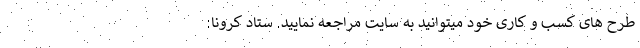
طرح های کسب و کاری خود میتوانید به سایت مراجعه نمایید. ستاد کرونا: